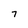
Character: 7